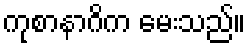
ကုစာနာဂိက မေးသည်။